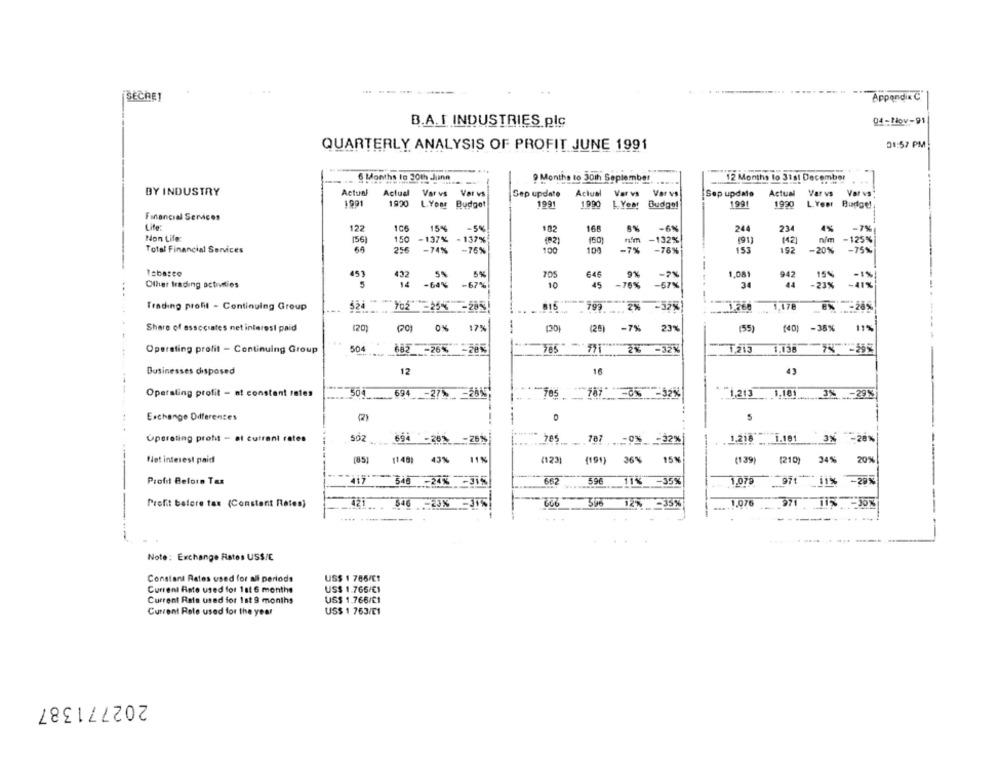
SECHE
Appendix C
04-Nov-91
B.A.I INDUSTRIES plc
01:57 PM
QUARTERLY ANALYSIS OF PROFIT JUNE 1991
6 Months to 30th Juinn
9 Months to 30th September
12 Months lo 31st December
BY INDUSTRY
Actual
Actual Varvs Var vs
Sep update Actual Varvs Varvs
Sep update
Actual
Var vs
Var vs
1991
1920 L.Your Budget
1991
1990 | Year Budgo!
1991
1930
LYent
Budge!
Financial Services
Life:
122
106
15%
-5%
182
16
8% -6%
24
234
4%
-7%
Non Life:
(56)
150 -137% - 137%
160
n'm -132%
(91 )
142]
ním -125%
Total Financial Services
64
256
-74% -76%
100
100
-7% -78%
153
192
-20% -75%
Tabasco
451
5%
646
9%
1.081
942
15%
-1%
-7%
Other trading activities
5
- 60%
-67%
10
45
-76% -57%
34
-23%
-41%
Trading profit - Continuing Group
524
702 -25%
615
799"
.2% -32%
1,176
8% -28%
Share of associates net interest paid
0%
17%
(20)
(25)
-7%
23%
(35)
(40) -38%
11%
Operating profit - Continuing Group
504
682 -26%
-28%
765"
-32%
1,215
1,156 7% =595
Businesses disposed
12
16
43
Operating profit - at constant rates
504
694 -27%
Tes
-05
-32%
* "1,213
1.10
3% .29%
Exchange Diferentes
(2)
S
Operating profit - el currant rates
694
-25%
787 -0% -32%
1.216
.. . 1.101
3% -28%
Het interest paid
(85]
[148)
43%
11%
(123)
(191)
36%
15%
(139)
(210)
34%
20%
-24%
596
Profit Before Tax
662
11%
-35%
1.079 971 11% -20%
222
Profit before tax (Constant Rates)
421 .. ....
546 -23%
12% -35%
1.076
971
-Jo%
....
Note: Exchange Rates USS/E
US$ 1 786/E!
Constant Rates used for all periods
Current Rate used for 1a1 6 months
US$ 1.766/€1
Current Rate used for 1st 9 months
US$ 1.766/C1
Current Rate used for the year
US$ 1 763/E1
202771387